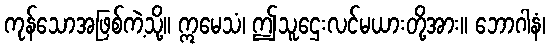
ကုန်သောအဖြစ်ကဲ့သို့။ ဣမေသံ၊ ဤသူဌေးလင်မယားတို့အား။ ဘောဂါနံ၊